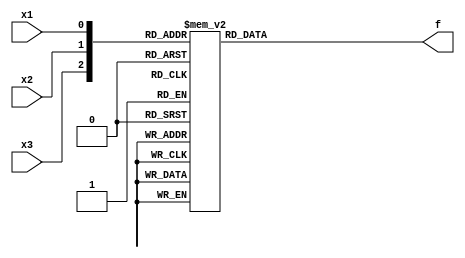
module top_module( 
  input x3,
  input x2,
  input x1,  // three inputs
  output f   // one output
 );

  always @(*) begin
    case({x3, x2, x1})
      2, 3, 5, 7: f = 1;
      0, 1, 4, 6: f = 0;
    endcase
  end

endmodule